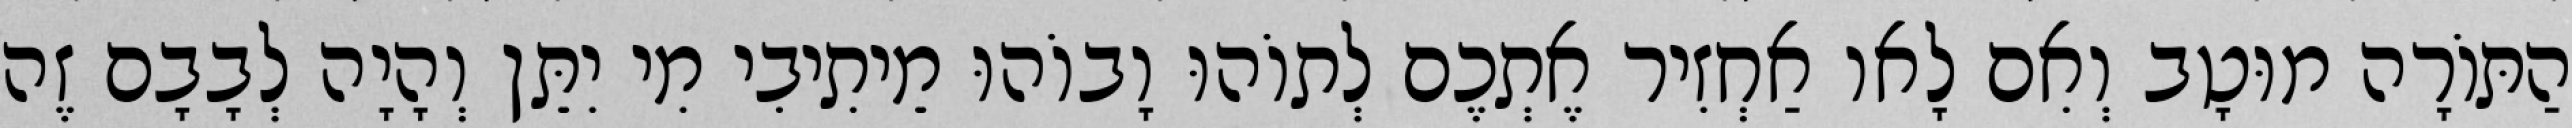
הַתּוֹרָה מוּטָב וְאִם לָאו אַחְזִיר אֶתְכֶם לְתוֹהוּ וָבוֹהוּ מֵיתִיבִי מִי יִתֵּן וְהָיָה לְבָבָם זֶה